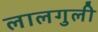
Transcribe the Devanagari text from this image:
लालगुली